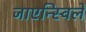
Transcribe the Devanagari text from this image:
जाएन्स्विले